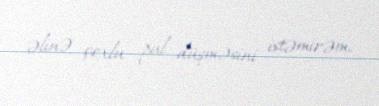
əlinə çoxlu pul düşməsini istəmirəm.